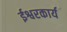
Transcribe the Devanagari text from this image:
ईश्वरकार्य